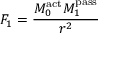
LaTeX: F _ { 1 } = { \frac { M _ { 0 } ^ { \mathrm { a c t } } M _ { 1 } ^ { \mathrm { p a s s } } } { r ^ { 2 } } }